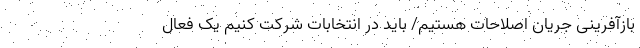
بازآفرینی جریان اصلاحات هستیم/ باید در انتخابات شرکت کنیم یک فعال